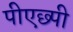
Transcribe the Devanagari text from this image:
पीएछ्पी